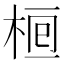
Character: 𣒯